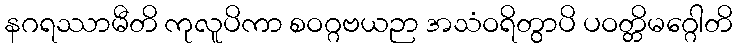
နဂရဿာမီတိ ကုလူပိကာ စဝဂ္ဂဗယဉာ အသံဝရိတွာပိ ပဝတ္တိမဂ္ဂေါတိ